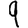
Digit: 9